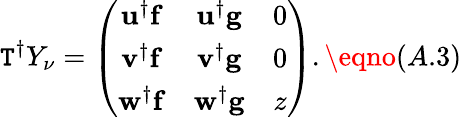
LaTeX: \mathtt{T}^{\dagger}Y_{\nu}=\left(\begin{array}{ccc}{{{\mathbf u}^{\dagger}{\mathbf f}}}&{{{\mathbf u}^{\dagger}{\mathbf g}}}&{{0}}\\ {{{\mathbf v}^{\dagger}{\mathbf f}}}&{{{\mathbf v}^{\dagger}{\mathbf g}}}&{{0}}\\ {{{\mathbf w}^{\dagger}{\mathbf f}}}&{{{\mathbf w}^{\dagger}{\mathbf g}}}&{{z}}\end{array}\right).\eqno(A.3)